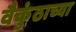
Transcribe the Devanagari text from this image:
वैकुंठाच्या